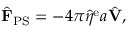
\begin{array} { r } { \hat { \mathbf { F } } _ { \mathrm { P S } } = - 4 \pi \hat { \eta } ^ { \mathrm { e } } a \hat { \mathbf { V } } , } \end{array}